Report on vaccination in the Province of Bengal - 1874-1889
Year: 1874
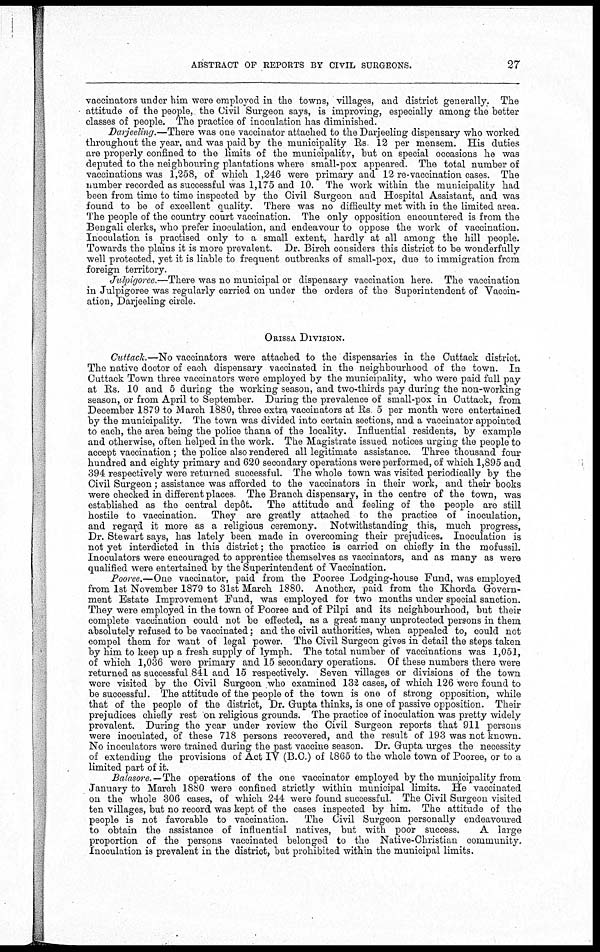
ABSTRACT OF REPORTS BY CIVIL SURGEONS.
27
vaccinators under him were employed in the towns, villages, and district generally. The
attitude of the people, the Civil Surgeon says, is improving, especially among the better
classes of people. The practice of inoculation has diminished.
Darjeeling.—There was one vaccinator attached to the Darjeeling dispensary who worked
throughout the year, and was paid by the municipality Rs 12 per mensem. His duties
are properly confined to the limits of the municipality, but on special occasions he was
deputed to the neighbouring plantations where small-pox appeared. The total number of
vaccinations was 1,258, of which 1,246 were primary and 12 re-vaccination cases. The
number recorded as successful was 1,175 and 10. The work within the municipality had
been from time to time inspected by the Civil Surgeon and Hospital Assistant, and was
found to be of excellent quality. There was no difficulty met with in the limited area.
The people of the country court vaccination. The only opposition encountered is from the
Bengali clerks, who prefer inoculation, and endeavour to oppose the work of vaccination.
Inoculation is practised only to a small extent, hardly at all among the hill people.
Towards the plains it is more prevalent. Dr. Birch considers this district to be wonderfully
well protected, yet it is liable to frequent outbreaks of small-pox, due to immigration from
foreign territory.
Julpigoree.—There was no municipal or dispensary vaccination here. The vaccination
in Julpigoree was regularly carried on under the orders of the Superintendent of Vaccin-
ation, Darjeeling circle.
ORISSA DIVISION.
Cuttack.—No vaccinators were attached to the dispensaries in the Cuttack district.
The native doctor of each dispensary vaccinated in the neighbourhood of the town. In
Cuttack Town three vaccinators were employed by the municipality, who were paid full pay
at Rs. 10 and 5 during the working season, and two-thirds pay during the non-working
season, or from April to September. During the prevalence of small-pox in Cuttack, from
December 1879 to March 1880, three extra vaccinators at Rs 5 per month were entertained
by the municipality. The town was divided into certain sections, and a vaccinator appointed
to each, the area being the police thana of the locality. Influential residents, by example
and otherwise, often helped in the work. The Magistrate issued notices urging the people to
accept vaccination ; the police also rendered all legitimate assistance. Three thousand four
hundred and eighty primary and 620 secondary operations were performed, of which 1,895 and
394 respectively were returned successful. The whole town was visited periodically by the
Civil Surgeon; assistance was afforded to the vaccinators in their work, and their books
were checked in different places The Branch dispensary, in the centre of the town, was
established as the central depôt. The attitude and feeling of the people are still
hostile to vaccination.
They are greatly attached to the practice of inoculation,
and regard it more as a religious ceremony. Notwithstanding this, much progress,
Dr. Stewart says, has lately been made in overcoming their prejudices. Inoculation is
not yet interdicted in this district; the practice is carried on chiefly in the mofussil.
Inoculators were encouraged to apprentice themselves as vaccinators, and as many as were
qualified were entertained by the Superintendent of Vaccination.
Pooree.—One vaccinator, paid from the Pooree Lodging-house Fund, was employed
from 1st November 1879 to 31st March 1880. Another, paid from the Khorda Govern-
ment Estate Improvement Fund, was employed for two months under special sanction.
They were employed in the town of Pooree and of Pilpi and its neighbourhood, but their
complete vaccination could not be effected, as a great many unprotected persons in them
absolutely refused to be vaccinated; and the civil authorities, when appealed to, could not
compel them for want of legal power. The Civil Surgeon gives in detail the steps taken
by him to keep up a fresh supply of lymph. The total number of vaccinations was 1,051,
of which 1,036 were primary and 15 secondary operations. Of these numbers there were
returned as successful 841 and 15 respectively. Seven villages or divisions of the town
were visited by the Civil Surgeon who examined 132 cases, of which 126 were found to
be successful. The attitude of the people of the town is one of strong opposition, while
that of the people of the district, Dr. Gupta thinks, is one of passive opposition. Their
prejudices chiefly rest on religious grounds. The practice of inoculation was pretty widely
prevalent. During the year under review the Civil Surgeon reports that 911 persons
were inoculated, of these 718 persons recovered, and the result of 193 was not known.
No inoculators were trained during the past vaccine season. Dr. Gupta urges the necessity
of extending the provisions of Act IV (B.C.) of 1865 to the whole town of Pooree, or to a
limited part of it.
Balasore.—The operations of the one vaccinator employed by the municipality from
January to March 1880 were confined strictly within municipal limits. He vaccinated
on the whole 306 cases, of which 244 were found successful. The Civil Surgeon visited
ten villages, but no record was kept of the cases inspected by him. The attitude of the
people is not favorable to vaccination.
The Civil Surgeon personally endeavoured
to obtain the assistance of influential natives, but with poor success.
A large
proportion of the persons vaccinated belonged to the Native-Christian community.
Inoculation is prevalent in the district, but prohibited within the municipal limits.